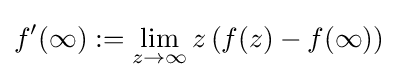
f'(\infty ):=\lim _{z\to \infty }z\left(f(z)-f(\infty )\right)